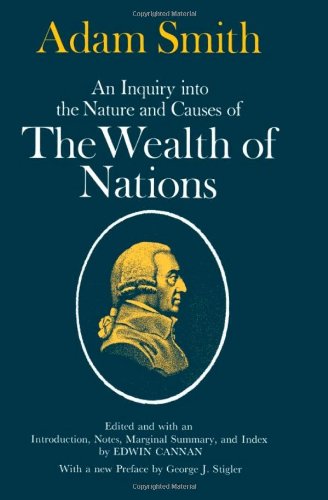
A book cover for An Inquiry into the Nature and Causes of the Wealth of Nations; Adam Smith; Business & Money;